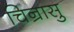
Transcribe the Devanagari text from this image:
चिन्रासु